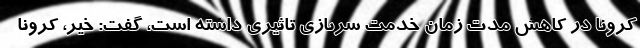
کرونا در کاهش مدت زمان خدمت سربازی تاثیری داشته است، گفت: خیر، کرونا